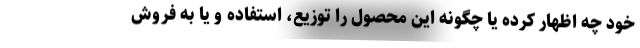
خود چه اظهار کرده یا چگونه این محصول را توزیع، استفاده و یا به فروش